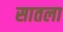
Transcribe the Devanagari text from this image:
सातला